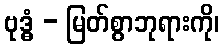
ဗုဒ္ဓံ - မြတ်စွာဘုရားကို၊